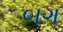
બગ